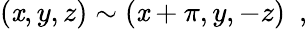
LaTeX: (\mathit{x},y,z)\sim(\mathit{x}+\pi,y,-z)\ \ ,